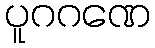
ပူဂဂဏေ